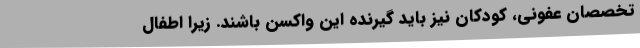
تخصصان عفونی،‌ کودکان نیز باید گیرنده این واکسن باشند. زیرا اطفال